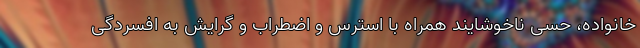
خانواده، حسی ناخوشایند همراه با استرس و اضطراب و گرایش به افسردگی